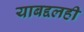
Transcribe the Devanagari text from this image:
याबद्दलही